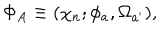
\Phi _ { A } \equiv ( \chi _ { n } ; \phi _ { a } , \Omega _ { a ^ { \prime } } ) ,